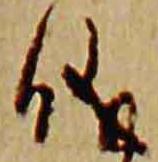
儀